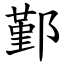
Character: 鄞